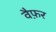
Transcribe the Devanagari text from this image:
वैफ़र